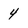
Character: 4